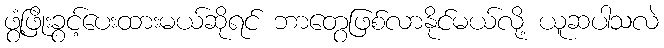
ဖွံ့ဖြိုးခွင့်ပေးထားမယ်ဆိုရင် ဘာတွေဖြစ်လာနိုင်မယ်လို့ ယူဆပါသလဲ